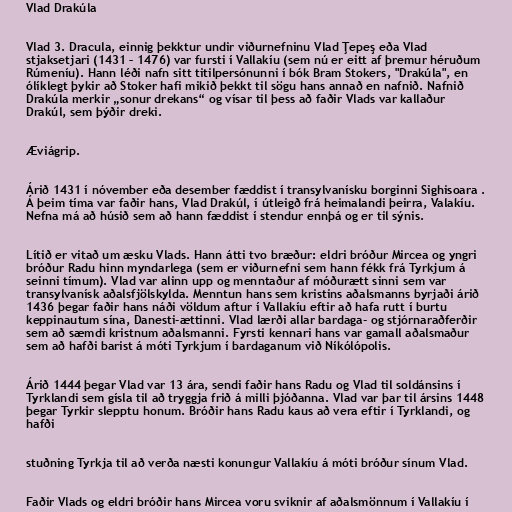
Vlad Drakúla

Vlad 3. Dracula, einnig þekktur undir viðurnefninu Vlad Ţepeş eða Vlad
stjaksetjari (1431 – 1476) var fursti í Vallakíu (sem nú er eitt af þremur héruðum
Rúmeníu). Hann léði nafn sitt titilpersónunni í bók Bram Stokers, "Drakúla", en
ólíklegt þykir að Stoker hafi mikið þekkt til sögu hans annað en nafnið. Nafnið
Drakúla merkir „sonur drekans“ og vísar til þess að faðir Vlads var kallaður
Drakúl, sem þýðir dreki.

Æviágrip.

Árið 1431 í nóvember eða desember fæddist í transylvanísku borginni Sighisoara .
Á þeim tíma var faðir hans, Vlad Drakúl, í útleigð frá heimalandi þeirra, Valakíu.
Nefna má að húsið sem að hann fæddist í stendur ennþá og er til sýnis.

Lítið er vitað um æsku Vlads. Hann átti tvo bræður: eldri bróður Mircea og yngri
bróður Radu hinn myndarlega (sem er viðurnefni sem hann fékk frá Tyrkjum á
seinni tímum). Vlad var alinn upp og menntaður af móðurætt sinni sem var
transylvanísk aðalsfjölskylda. Menntun hans sem kristins aðalsmanns byrjaði árið
1436 þegar faðir hans náði völdum aftur í Vallakíu eftir að hafa rutt í burtu
keppinautum sína, Danesti-ættinni. Vlad lærði allar bardaga- og stjórnaraðferðir
sem að sæmdi kristnum aðalsmanni. Fyrsti kennari hans var gamall aðalsmaður
sem að hafði barist á móti Tyrkjum í bardaganum við Níkólópolis.

Árið 1444 þegar Vlad var 13 ára, sendi faðir hans Radu og Vlad til soldánsins í
Tyrklandi sem gísla til að tryggja frið á milli þjóðanna. Vlad var þar til ársins 1448
þegar Tyrkir slepptu honum. Bróðir hans Radu kaus að vera eftir í Tyrklandi, og
hafði

stuðning Tyrkja til að verða næsti konungur Vallakíu á móti bróður sínum Vlad.

Faðir Vlads og eldri bróðir hans Mircea voru sviknir af aðalsmönnum í Vallakíu í